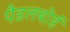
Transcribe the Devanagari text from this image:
पैडलबोर्ड